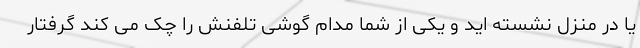
یا در منزل نشسته اید و یکی از شما مدام گوشی تلفنش را چک می کند گرفتار